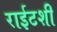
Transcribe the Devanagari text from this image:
राईटशी